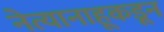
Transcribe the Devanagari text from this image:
नेत्यानाहूकडून